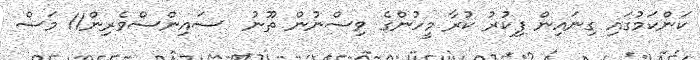
ކަންކަމުގައި ގިނައިން ފިކުރު ކުރާ މީހުންގެ ވިސްނުން ތޫނު  ސައިންސްވެރިން11 މަސް